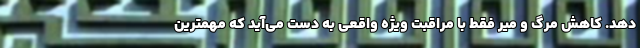
‌دهد. کاهش مرگ و میر فقط با مراقبت ویژه واقعی به دست می‌آید که مهمترین